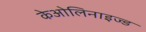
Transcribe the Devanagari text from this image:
केओलिनाइज्ड